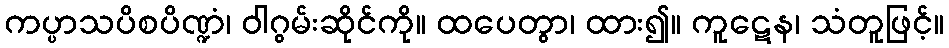
ကပ္ပာသပိစပိဏ္ဍံ၊ ဝါဂွမ်းဆိုင်ကို။ ထပေတွာ၊ ထား၍။ ကူဋေန၊ သံတူဖြင့်။